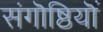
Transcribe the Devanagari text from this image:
संगॊष्ठियॊं